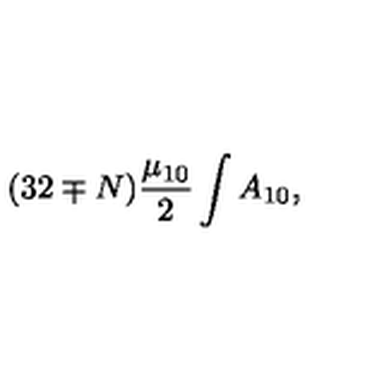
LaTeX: ( 3 2 \mp N ) { \frac { \mu _ { 1 0 } } { 2 } } \int A _ { 1 0 } ,